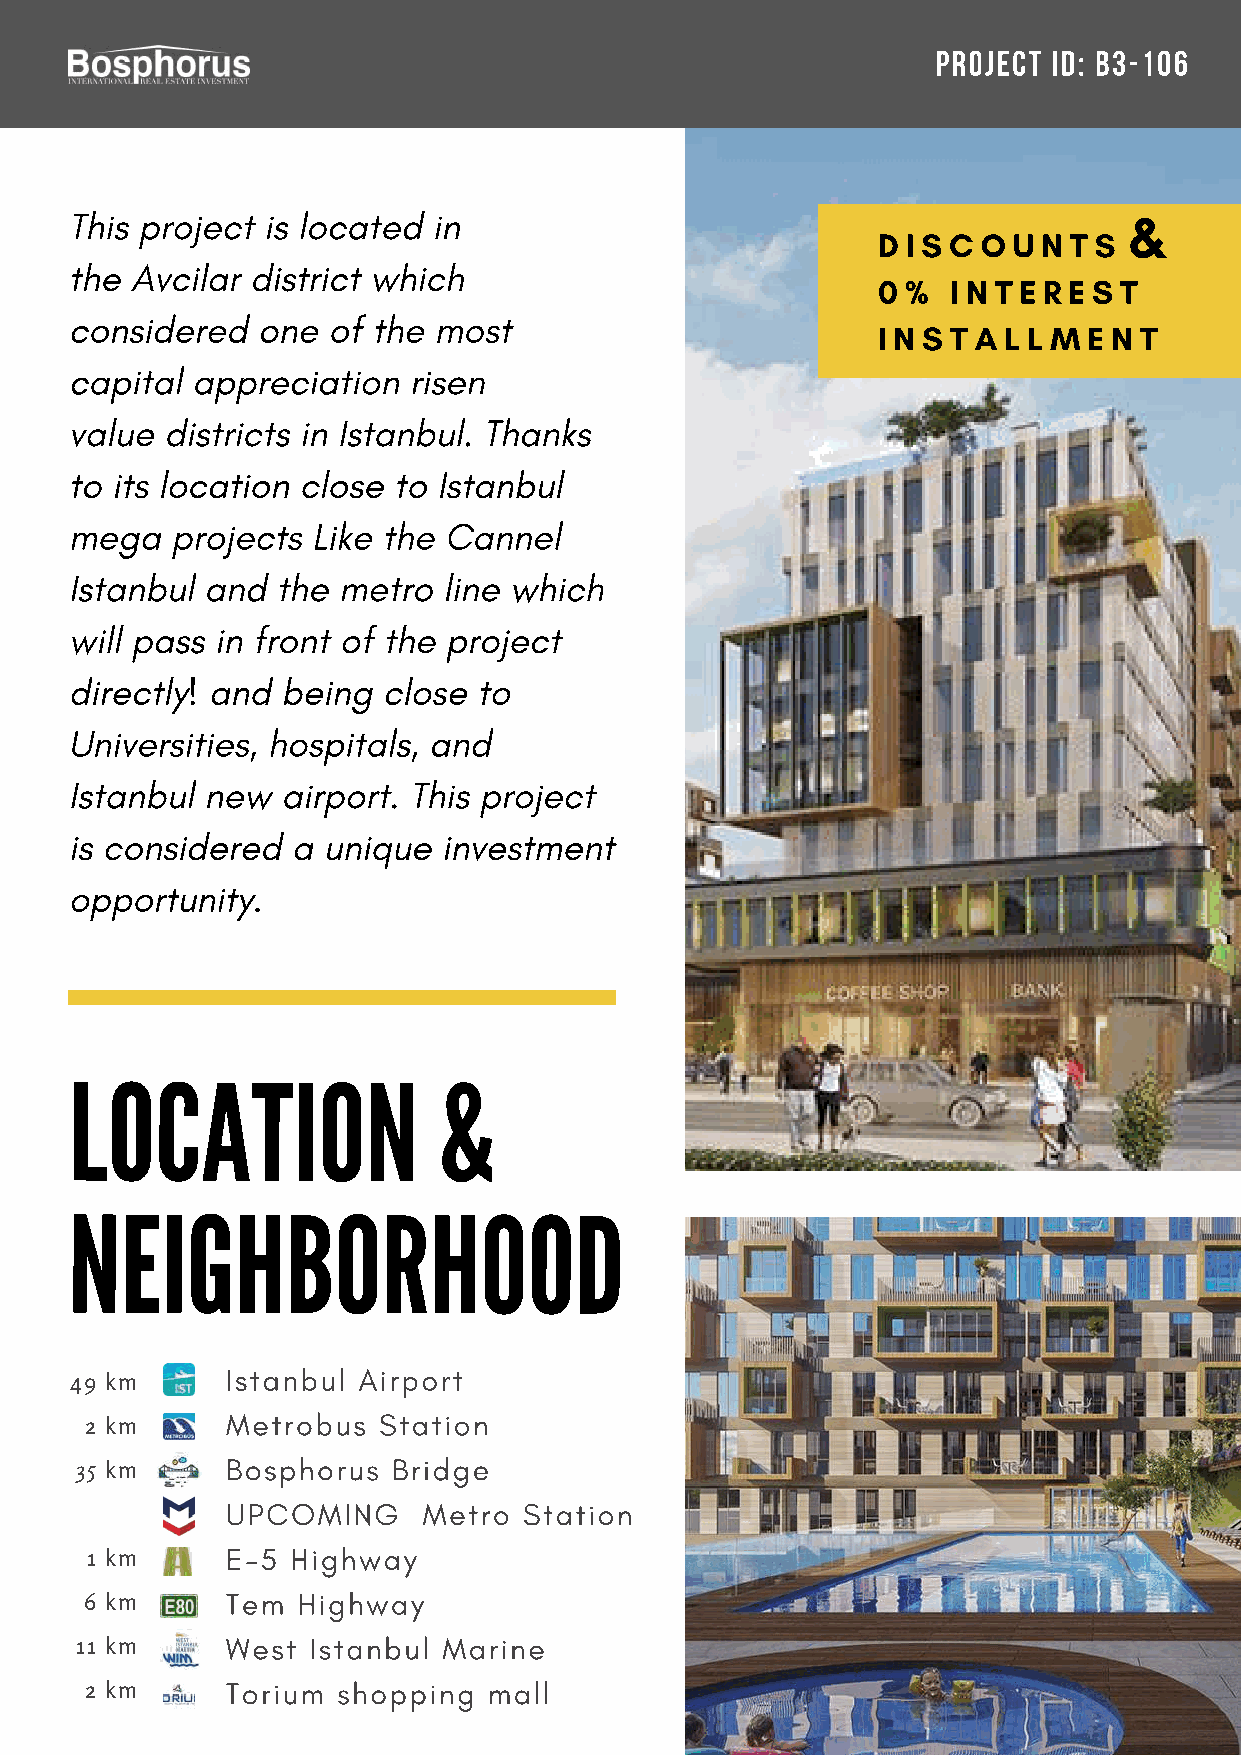
PROJECT ID: B3-106
 This project is located in                                            &
 D I S C O U N T S
 the Avcilar district which
 0 %  I N T E R E S T
 considered  one  of the most
 I N S T A L L M E N T
 capital appreciation  risen
 value districts in Istanbul. Thanks
 to its location close to Istanbul
 mega  projects  Like the Cannel
 Istanbul and the metro  line which
 will pass in front of the project
 directly! and being close  to
 Universities, hospitals, and
 Istanbul new  airport. This project
 is considered a unique  investment
 opportunity.
 LOCATION                &
 NEIGHBORHOOD
 Istanbul Airport
 49 km
 Metrobus  Station
 2 km
 Bosphorus  Bridge
 35 km
 UPCOMING     Metro  Station
 E-5 Highway
 1 km
 Tem  Highway
 6 km
 West Istanbul Marine
 11 km
 Torium shopping  mall
 2 km